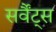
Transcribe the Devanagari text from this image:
सर्वैंट्स